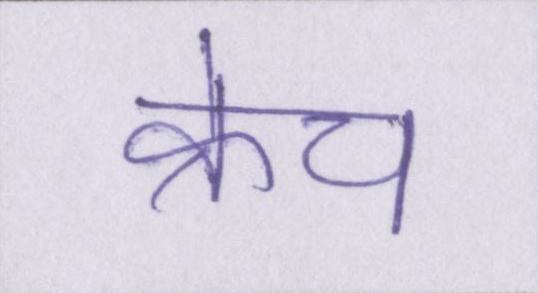
क्रेच